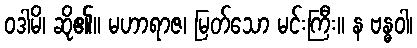
ဝဒါမိ၊ ဆို၏။ မဟာရာဇ၊ မြတ်သော မင်းကြီး။ န ဗန္ဓဝါ၊